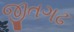
જીતગઢ